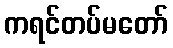
ကရင်တပ်မတော်